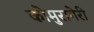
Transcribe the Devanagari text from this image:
कोमुरागेरी